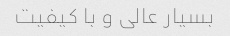
بسیار عالی و با کیفیت